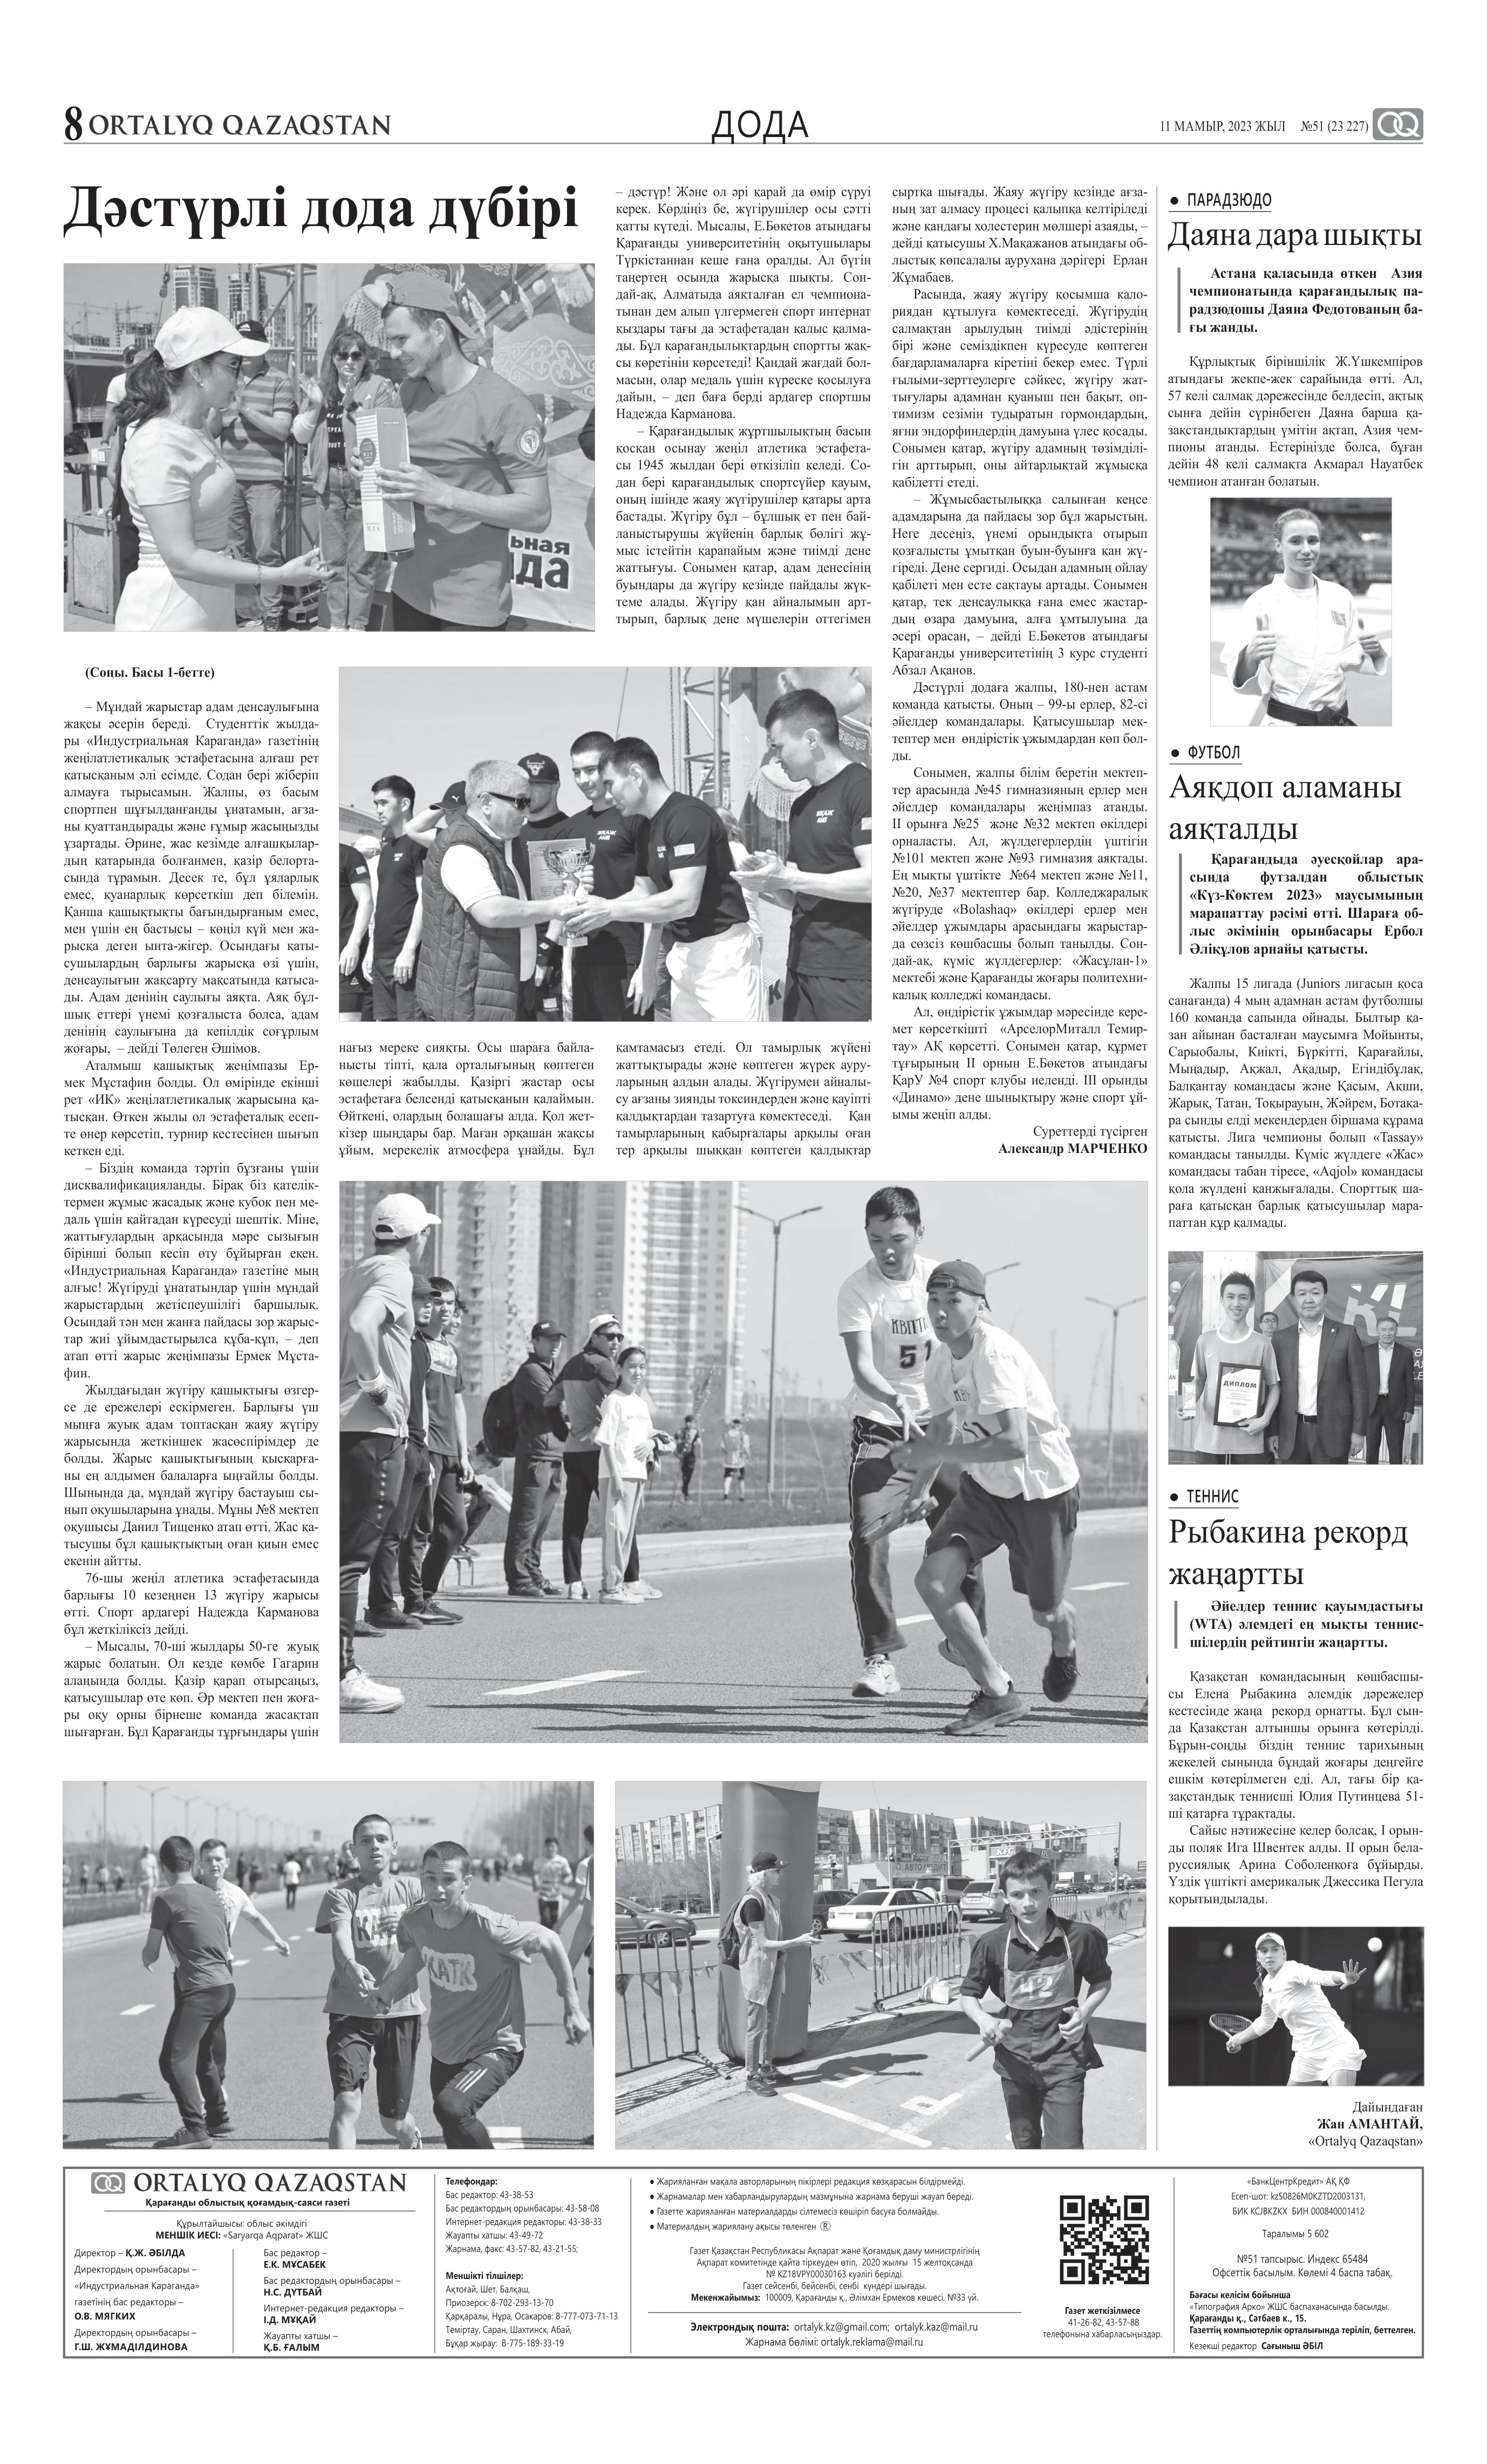
Language: kk